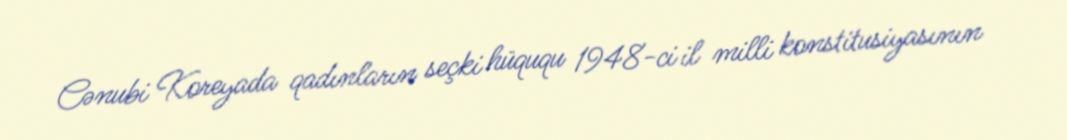
Cənubi Koreyada qadınların seçki hüququ 1948-ci il milli konstitusiyasının